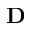
\mathbf { D }